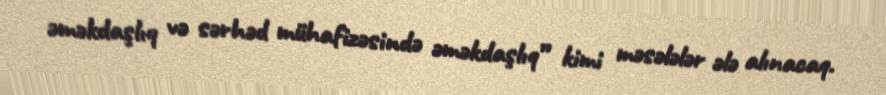
əməkdaşlıq və sərhəd mühafizəsində əməkdaşlıq” kimi məsələlər ələ alınacaq.